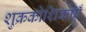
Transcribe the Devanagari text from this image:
शुक्रकोशिकाएँ